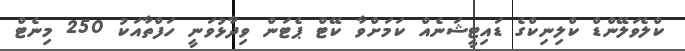
ކްލެވަލޭންޑް ކްލިނިކްގެ ޑައިޓީޝަނެއް ކަމަށްވާ ކޭޓް ޕެޓަން ވިދާޅުވަނީ ހަފްތާއަކު 250 މިނެޓް